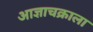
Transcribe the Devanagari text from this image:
आज्ञाचक्राला